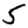
Digit: 5